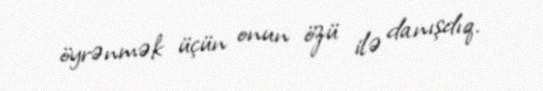
öyrənmək üçün onun özü ilə danışdıq.